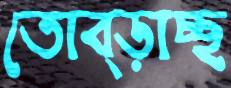
তোব্‌ড়াচ্ছ